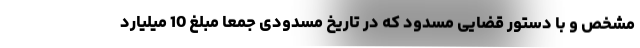
مشخص و با دستور قضایی مسدود که در تاریخ مسدودی جمعا مبلغ 10 میلیارد